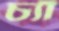
চ্যাঁ